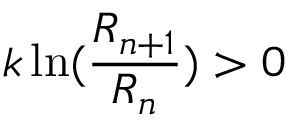
k \ln ( { \frac { R _ { n + 1 } } { R _ { n } } } ) > 0